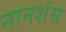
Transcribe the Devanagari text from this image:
नानशंस